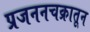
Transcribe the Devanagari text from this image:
प्रजननचक्रातून